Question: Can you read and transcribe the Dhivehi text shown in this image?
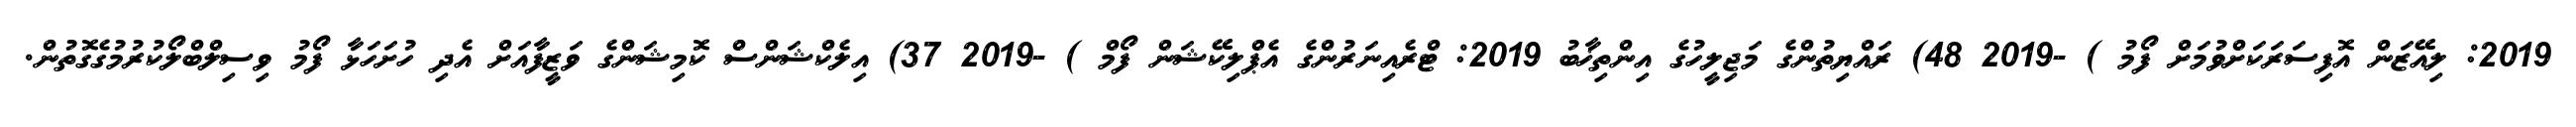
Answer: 2019: ލިއޭޒަން އޮފިސަރަކަށްވުމަށް ފޯމު ) -2019 48) ރައްޔިތުންގެ މަޖިލީހުގެ އިންތިޚާބު 2019: ޓްރެއިނަރުންގެ އެޕްލިކޭޝަން ފޯމް ) -2019 37) އިލެކްޝަންސް ކޮމިޝަންގެ ވަޒީފާއަށް އެދި ހުށަހަޅާ ފޯމު ވިސިލްބްލޯކުރުމުގެގޮތުން.